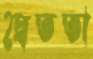
দ্বৈততা